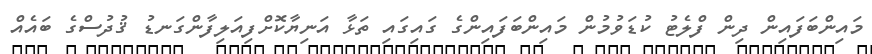
މައިންބަފައިން ދިން ފްލެޓު ކުޑަވުމުން މައިންބަފައިންގެ ގައިގައި ތަޅާ އަނިޔާކޮށްފިއަލިފާންގަނޑު ޤުދުސްގެ ބައެއް